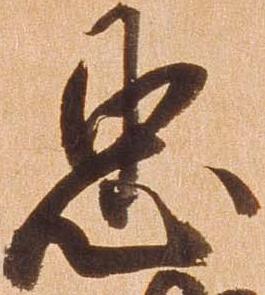
忠